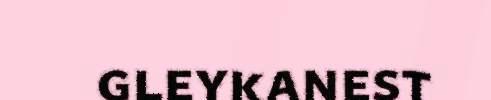
gleykanest